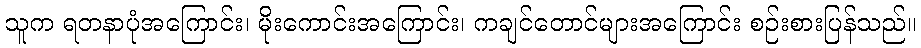
သူက ရတနာပုံအကြောင်း၊ မိုးကောင်းအကြောင်း၊ ကချင်တောင်များအကြောင်း စဉ်းစားပြန်သည်။